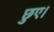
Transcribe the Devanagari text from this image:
छुए।